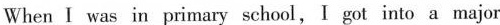
When I was in primary school,I got intoa major